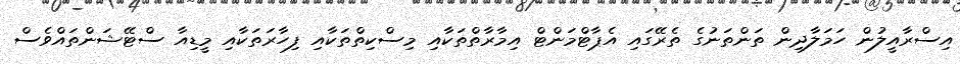
އިސްރާއީލުން ހަމަލާދިން ތަންތަނުގެ ތެރޭގައި އެޕާޓްމަންޓް އިމާރާތްތަކާއި މިސްކިތްތަކާއި ފިހާރަތަކާއި މީޑިއާ ސްޓޭޝަންތައްވެސް